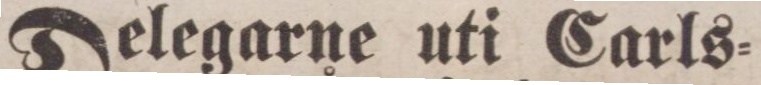
Delegarne uti Carls=